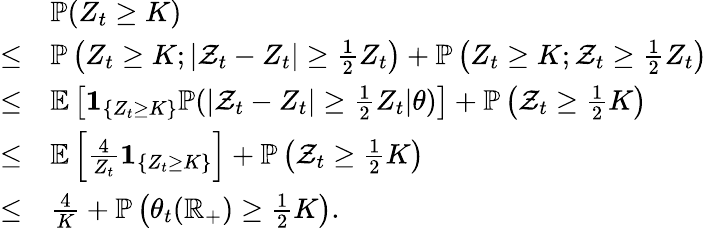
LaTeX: \begin{array}{rl}&{\mathbb{P}(Z_{t}\geq K)}\\ {\leq}&{\mathbb{P}\left(Z_{t}\geq K;|\mathcal{Z}_{t}-Z_{t}|\geq\frac 12Z_{t}\right)+\mathbb{P}\left(Z_{t}\geq K;\mathcal{Z}_{t}\ge\frac 12Z_{t}\right)}\\ {\leq}&{\mathbb{E}\left[\mathbf{1}_{\left\{ Z_{t}\geq K\right\} }\mathbb{P}(|\mathcal{Z}_{t}-Z_{t}|\geq\frac 12Z_{t}\vert\theta)\right]+\mathbb{P}\left(\mathcal{Z}_{t}\geq\frac 12K\right)}\\ {\leq}&{\mathbb{E}\left[\frac{4}{Z_{t}}\mathbf{1}_{\left\{ Z_{t}\geq K\right\} }\right]+\mathbb{P}\left(\mathcal{Z}_{t}\geq\frac 12K\right)}\\ {\leq}&{\frac{4}{K}+\mathbb{P}\left(\theta_{t}(\mathbb{R}_{+})\geq\frac 12K\right).}\end{array}